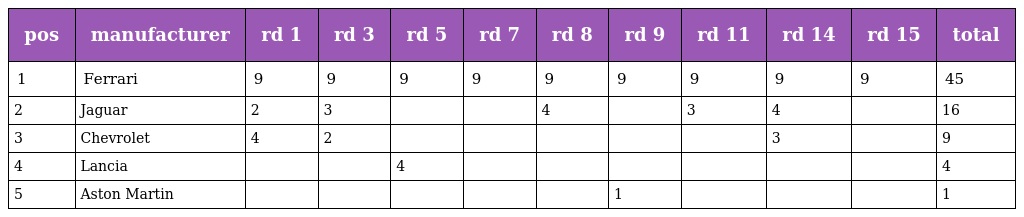
| pos | manufacturer | rd 1 | rd 3 | rd 5 | rd 7 | rd 8 | rd 9 | rd 11 | rd 14 | rd 15 | total |
 | --- | --- | --- | --- | --- | --- | --- | --- | --- | --- | --- | --- |
 | 1 | Ferrari | 9 | 9 | 9 | 9 | 9 | 9 | 9 | 9 | 9 | 45 |
 | 2 | Jaguar | 2 | 3 |  |  | 4 |  | 3 | 4 |  | 16 |
 | 3 | Chevrolet | 4 | 2 |  |  |  |  |  | 3 |  | 9 |
 | 4 | Lancia |  |  | 4 |  |  |  |  |  |  | 4 |
 | 5 | Aston Martin |  |  |  |  |  | 1 |  |  |  | 1 |